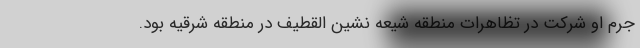
جرم او شرکت در تظاهرات منطقه شیعه نشین القطیف در منطقه شرقیه بود.